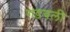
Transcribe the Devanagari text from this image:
गडवली